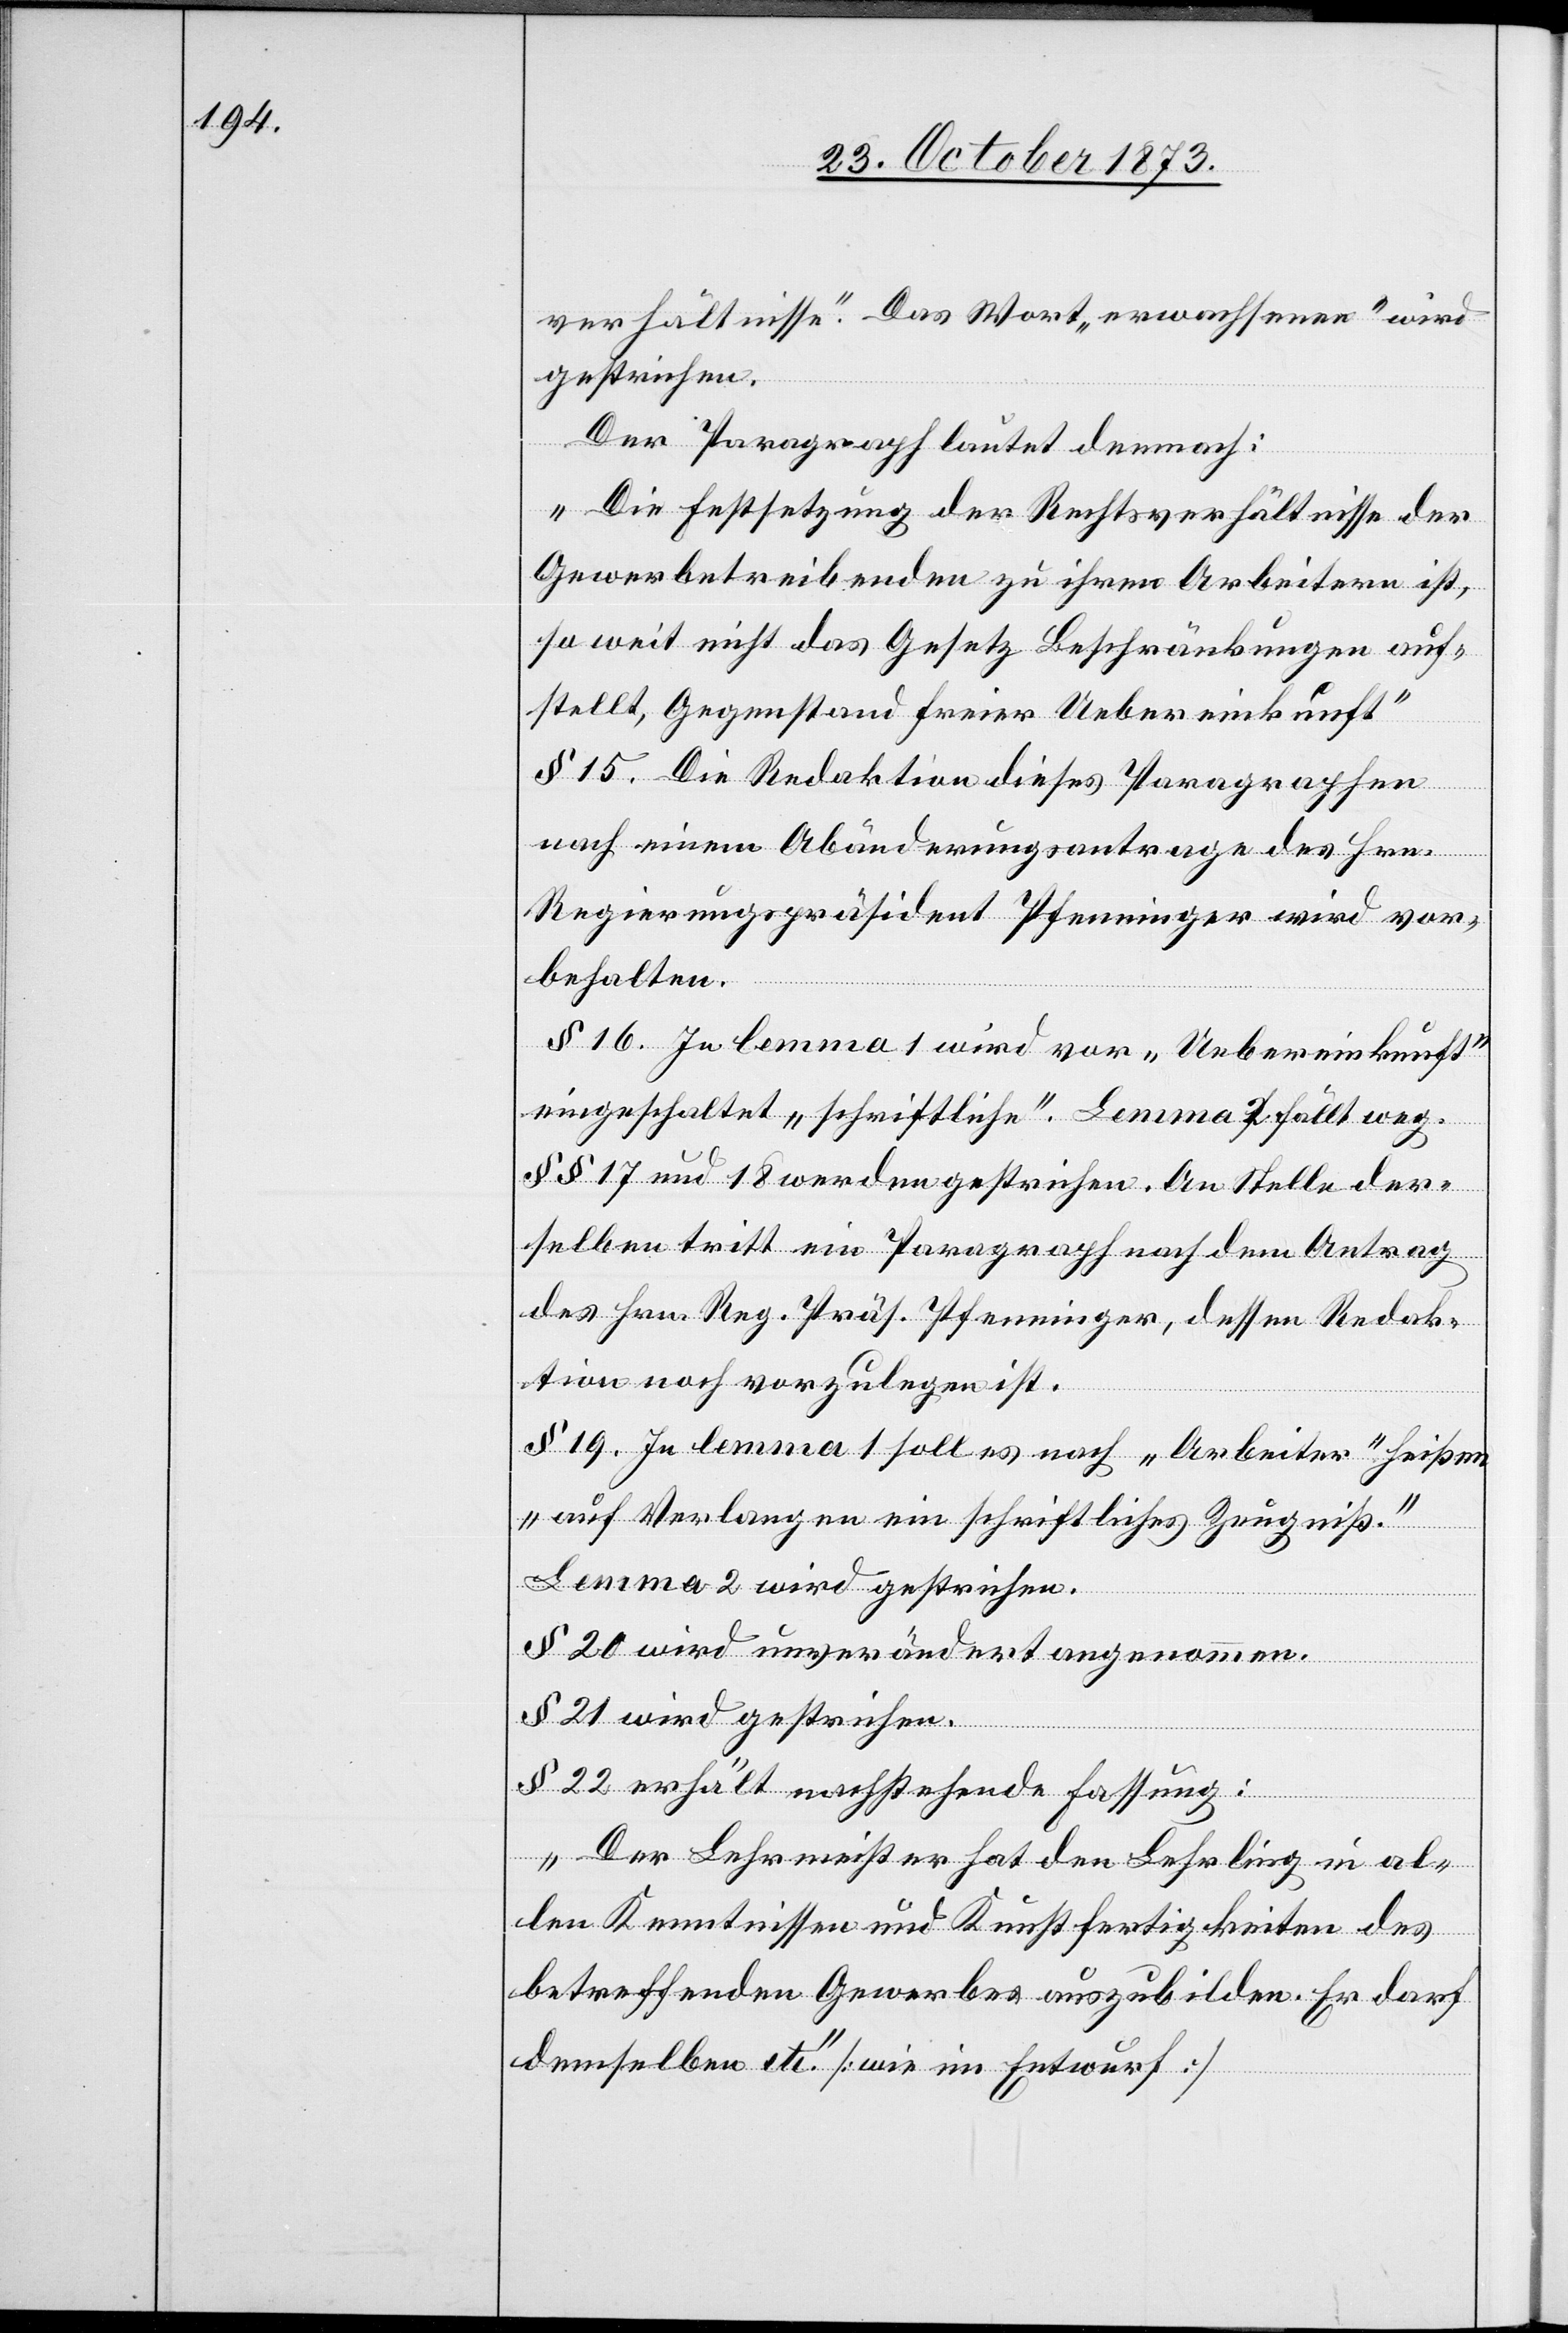
verhältnisse“. Das Wort „erwachsenen“ wird
gestrichen.
Der Paragraph lautet demnach:
„Die Festsetzung der Rechtsverhältnisse der
Gewerbetreibenden zu ihren Arbeitern ist,
so weit nicht das Gesetz Beschränkungen auf¬
stellt, Gegenstand freier Uebereinkunft“
§ 15. Die Redaktion dieses Paragraphen
nach einem Abänderungsantrage des Hrn.
Regierungspräsident Pfenninger wird vor¬
behalten.
§ 16. In lemma 1 wird vor „Uebereinkunft“
eingeschaltet „schriftliche“. Lemma 2 fällt weg.
§§ 17 und 18 werden gestrichen. An Stelle der¬
selben tritt ein Paragraph nach dem Antrag
des Hrn. Reg. Präs. Pfenninger, dessen Redak¬
tion noch vorzulegen ist.
§ 19. In lemma 1 soll es nach „Arbeiter“ heißen
„auf Verlangen ein schriftliches Zeugniß.“
Lemma 2 wird gestrichen.
§ 20 wird unverändert angenommen.
§ 21 wird gestrichen.
§ 22 erhält nachstehende Fassung:
„Der Lehrmeister hat den Lehrling in al¬
len Kenntnissen und Kunstfertigkeiten des
betreffenden Gewerbes auszubilden. Er darf
demselben etc.“ [wie im Entwurf]